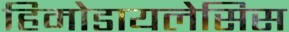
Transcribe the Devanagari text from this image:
हिमोडायलेसिस